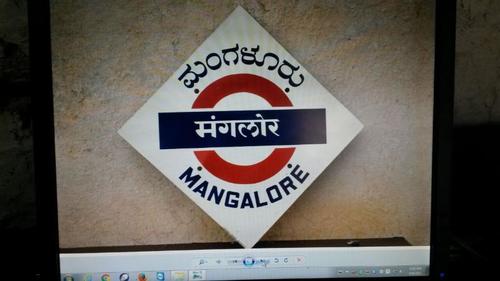
Language: kannada
Transcription: ಮಂಗಳೂರು